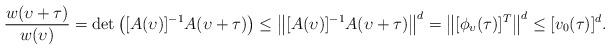
LaTeX: \begin{align*} \frac{w(\upsilon+\tau)}{w(\upsilon)} = \det \left([A(\upsilon)]^{-1} A(\upsilon+\tau) \right) \leq \big\| [A(\upsilon)]^{-1} A(\upsilon+\tau) \big\|^d = \big\| [\phi_{\upsilon} (\tau)]^T \big\|^d \leq [v_0(\tau)]^d. \end{align*}